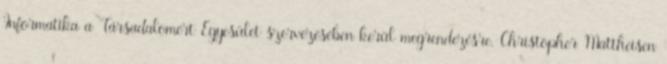
Informatika a Társadalomért Egyesület szervezésében kerül megrendezésre. Christopher Mattheisen